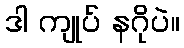
ဒါ ကျုပ် နဂိုပဲ။